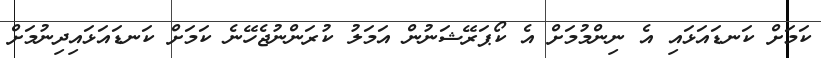
ކަމަށް ކަނޑައަޅައި އެ ނިންމުމަށް އެ ކޯޕަރޭޝަނުން އަމަލު ކުރަންނުޖެހޭނެ ކަމަށް ކަނޑައަޅައިދިނުމަށް